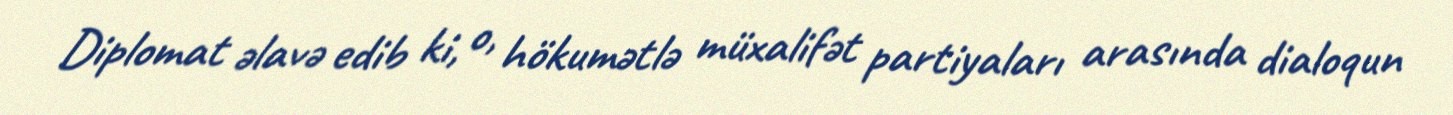
Diplomat əlavə edib ki, o, hökumətlə müxalifət partiyaları arasında dialoqun